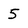
Character: 5